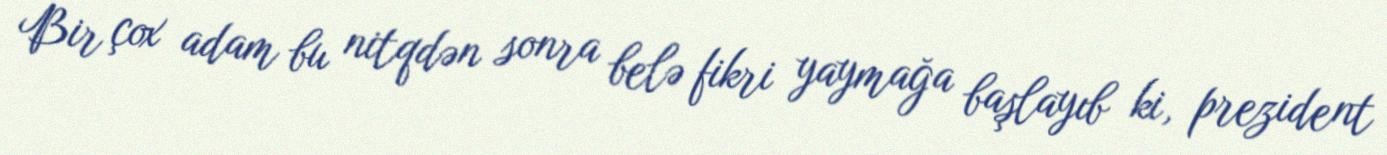
Bir çox adam bu nitqdən sonra belə fikri yaymağa başlayıb ki, prezident